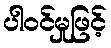
ပါဝင်မှုဖြင့်